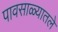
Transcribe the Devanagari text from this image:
पावसाळ्यातले